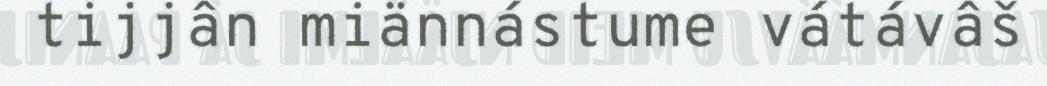
tijjân miännástume vátávâš